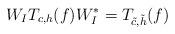
LaTeX: \begin{align*}W_I T_{c,h}(f)W_I^* = T_{\tilde{c},\tilde{h}}(f)\end{align*}